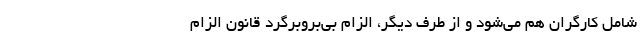
شامل کارگران هم می‌شود و از طرف دیگر، الزامِ بی‌بروبرگردِ قانون الزام